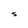
Character: S